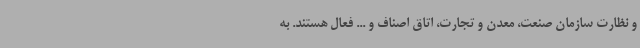
و نظارت سازمان صنعت، معدن و تجارت، اتاق اصناف و ... فعال هستند. به